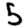
Digit: 5